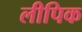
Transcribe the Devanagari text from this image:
लीपिक